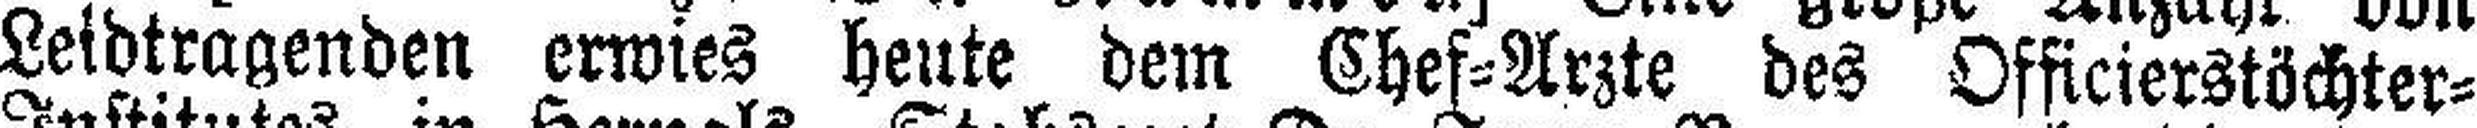
Leidtragenden erwies heute dem Chef=Arzte des Officierstöchter=